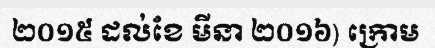
២០១៥ ដល់ខែ មីនា ២០១៦) ក្រោម